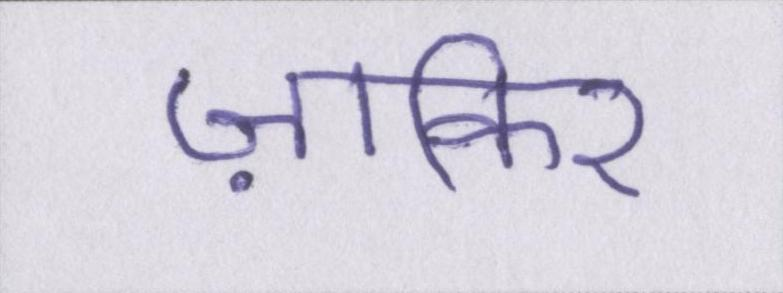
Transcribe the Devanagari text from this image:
ज़ाकिर